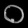
Digit: ၀